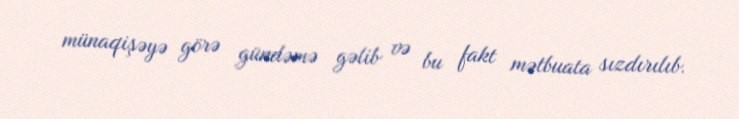
münaqişəyə görə gündəmə gəlib və bu fakt mətbuata sızdırılıb.